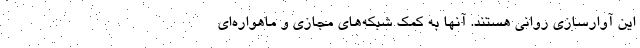
این آوارسازی روانی هستند. آنها به کمک شبکه‌های مجازی و ماهواره‌ای